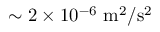
\sim 2 \times 1 0 ^ { - 6 } ~ \mathrm { { m ^ { 2 } / s ^ { 2 } } }